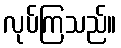
လုပ်ကြသည်။